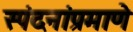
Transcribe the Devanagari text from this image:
स्पंदनांप्रमाणे